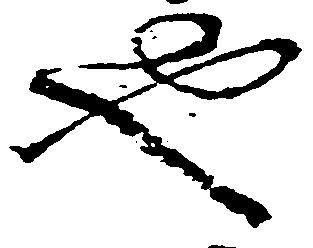
也